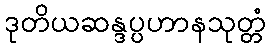
ဒုတိယဆန္ဒပ္ပဟာနသုတ္တံ